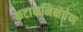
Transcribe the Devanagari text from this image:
कटाक्षनिक्षेपेण